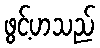
ဖွင့်ဟသည်